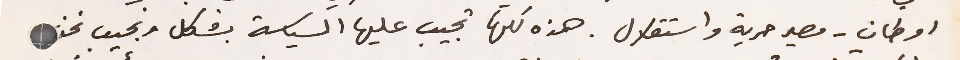
اوطان - مصير حرية واستقلال. هذه كلها تجيب عليها السياسة بشكل ونجيب نحن